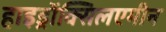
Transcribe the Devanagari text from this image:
हाइड्राॅक्सिलएमीन